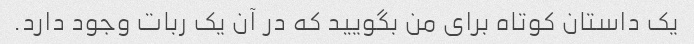
یک داستان کوتاه برای من بگویید که در آن یک ربات وجود دارد.